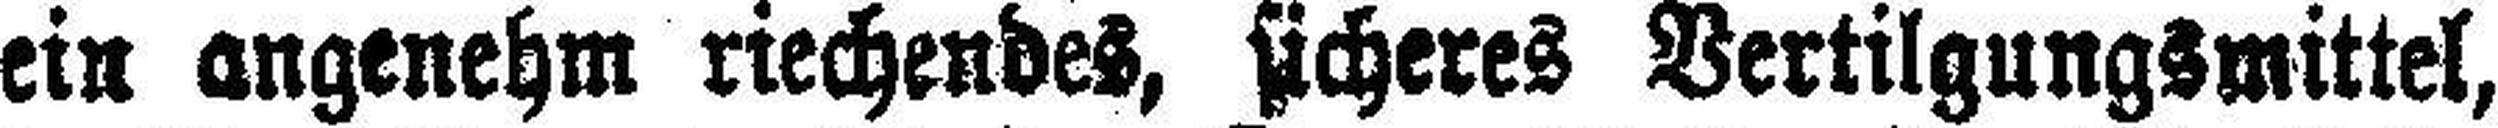
ein angenehm riechendes, sicheres Vertilgungsmittel,